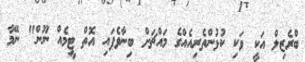
ބްރެޒިލް އަކީ ވަކި ކުޅުންތެރިއެއްގެ މައްޗަށް ބިނާވެފައި އޮތް ޓީމެއް ނޫން" ނޭމާ